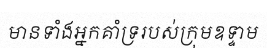
មានទាំងអ្នកគាំទ្ររបស់ក្រុមឧទ្ទាម